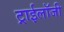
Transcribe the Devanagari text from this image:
ट्राईलॉजी